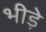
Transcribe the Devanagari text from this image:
भीड़े